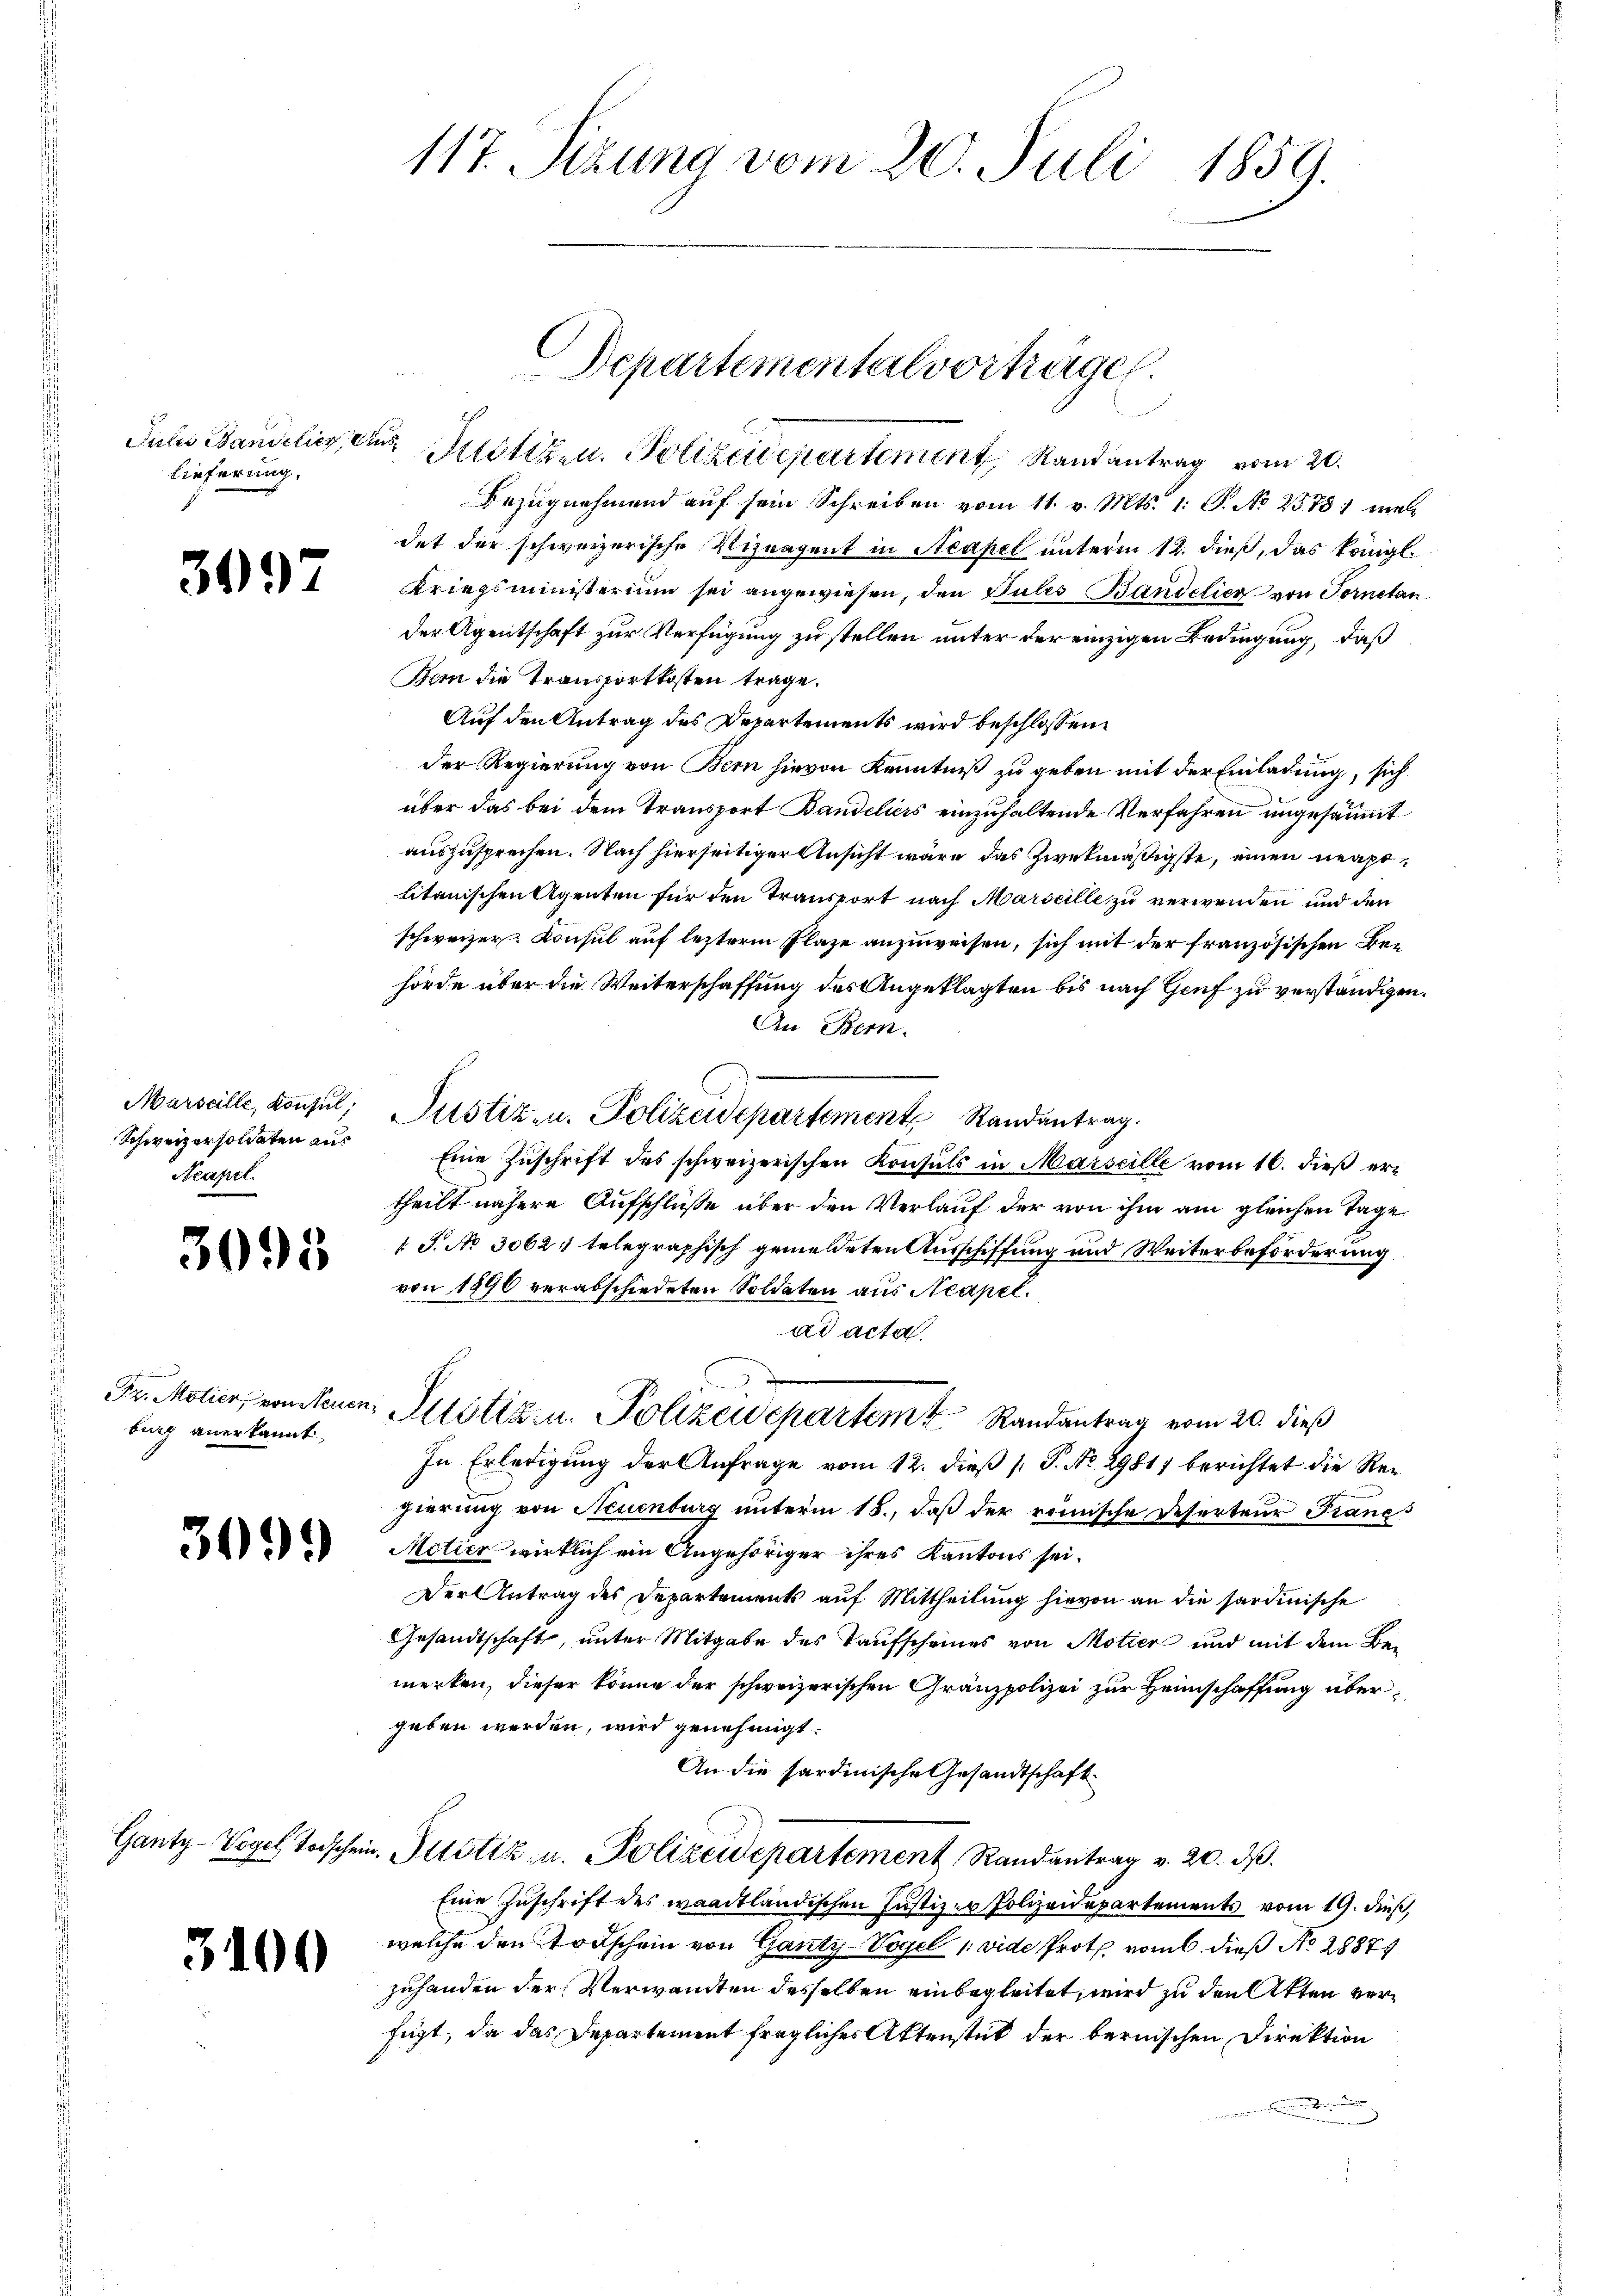
Lieferung.

3097

Marseille, Konsul,
Schweizersoldaten aus
Neapel

3093

burg anerkannt,

309.

Ganty-Vogel Todschen

3100

Juhes Bandelis ein Pustiz- u. Polizeidepartement Randantrag vom 20.
Bezugnehmend auf sein Schreiben vom 11. v. Mts. 1. S. No 25781 mal
det der schweizerische Viznagent in Neapel unterm 12. dieß, das königl.
Kriegsministerium sei angewiesen, den Pules Bandelich von Fornetan
der Agentschaft zur Verfügung zu stellen unter der einzigen Bedingung, daß
Bem die Transportkosten trage.
Auf den Antrag des Departements wird beschlossen:
der Regierung von Bern hievon Kenntniß zu geben mit der Einladung, sich
über das bei dem Transport Bandeliers einzuhaltende Verfahren ungesäumt
auszusprechen. Nach hierseitiger Ansicht wäre das zwekmäßigste, einen neuptlitanischen Agenten für den Transport nach Marseille zu verwenden und den
schweizer Konsul auf letzterm Plaze anzuweisen, sich mit der französischen Behörde über die Weiterschaffung des Angeklagten bis nach Genf zu verständigen.
An Bern.
Justizen. Polizeidepartement Randantrag.
Eine Zuschrift des schweizerischen Konsuls in Marseille vom 16. dieß ertheilt nähere Aufschlüße über den Verlauf der von ihm am gleichen Tage
1 J. No 3062: telegraphisch gemeldeten Ausschiffung und Weiterbeförderung.
von 1890 verabschiedeten Soldaten aus Neapel.
ad acta.
Dr. Motier, vonein, Illitik u. Polizeidepartem Randantrag vom 20. dieß
In Erledigung der Anfrage vom 12. dieß (: P. No. 29817 berichtet die Regierung von Neuenburg unterm 15., daß der römische Deserteur Francs
Motier wirklich ein Angehöriger ihres Kantons sei¬
Der Antrag des Departements auf Mittheilung hievon an die sardinische
Gesandtschaft, unter Mitgabe des Taufscheines von Motier und mit dem Bemerken, dieser könne der schweizerischen Gränzpolizei zur Heimschaffung übergeben werden, wird genehmigt.
An die sardinische Gesandtschaft
in Iltotiz u. Polizeidepartement Randantrag v. 20. ds.
Eine Zuschrift des waadtländischen Justiz er Polizeidepartements vom 19. dieß,
welche den Todschein von Ganty-Vogel (vide Prote vom 6. dieß No 28874
zuhanden der Verwandten desselben einbegleitet, wird zu den Akten verfügt, da das Departement fragliches Aktenstück der bernischen Direktion
Fr
n

117. Sizung vom 20. Juli 1859.

Departemental vortragen.